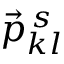
\vec { p } _ { k l } ^ { \, s }